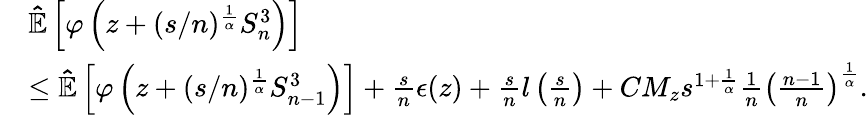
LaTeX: \begin{array}{rl}&{\mathbb{\hat{E}}\left[\varphi\left(z+(s/n)^{\frac{1}{\alpha}}S_{n}^{3}\right)\right]}\\ &{\leq\mathbb{\hat{E}}\left[\varphi\left(z+(s/n)^{\frac{1}{\alpha}}S_{n-1}^{3}\right)\right]+\frac{s}{n}\epsilon(z)+\frac{s}{n}l\left(\frac{s}{n}\right)+CM_{z}s^{1+\frac{1}{\alpha}}\frac{1}{n}\left(\frac{n-1}{n}\right)^{\frac{1}{\alpha}}.}\end{array}